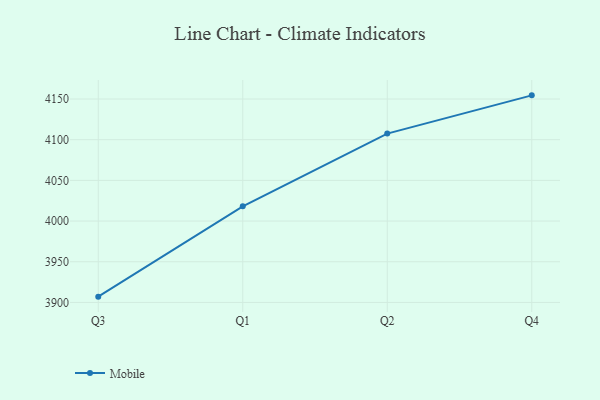
{"axis": {"x": "Quarter", "y": "Budget (USD K)"}, "legend": ["Mobile"], "data": [{"x": "Q3", "y": 3907.1, "type": "Mobile"}, {"x": "Q1", "y": 4018.1, "type": "Mobile"}, {"x": "Q2", "y": 4107.5, "type": "Mobile"}, {"x": "Q4", "y": 4154.5, "type": "Mobile"}]}